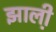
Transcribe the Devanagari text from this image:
झाली़